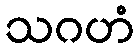
သဂဟံ